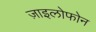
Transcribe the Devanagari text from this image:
ज़ाइलोफोन